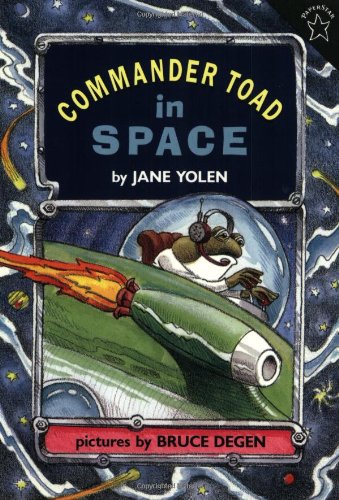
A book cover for Commander Toad in Space; Jane Yolen; Children's Books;